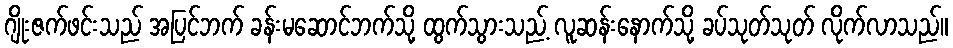
ဂျိုးဇက်ဖင်းသည် အပြင်ဘက် ခန်းမဆောင်ဘက်သို့ ထွက်သွားသည့် လူဆန်းနောက်သို့ ခပ်သုတ်သုတ် လိုက်လာသည်။